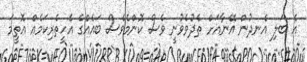
އެ ބަލި އެނދުން އޭނާއަށް ތެދުވެވުނީ ވެސް ކޮންމެވެސް ބައެއްގެ އެހީތެރިކަމެއް އޮތީމަ